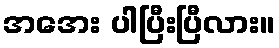
အအေး ပါပြီးပြီလား။